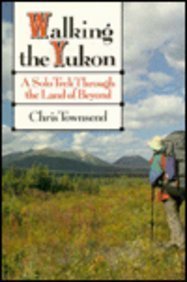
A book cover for Walking the Yukon: A Solo Journey Through the Land of Beyond; Chris Townsend; Travel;